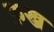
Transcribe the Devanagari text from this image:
फ़ख्र